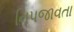
નિપજાવતા